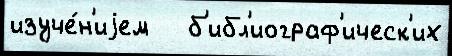
изуче́н'иjем   б'ибл'иограф'ическ'их